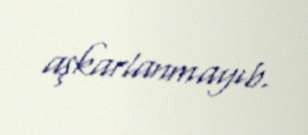
aşkarlanmayıb.